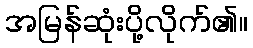
အမြန်ဆုံးပို့လိုက်၏။